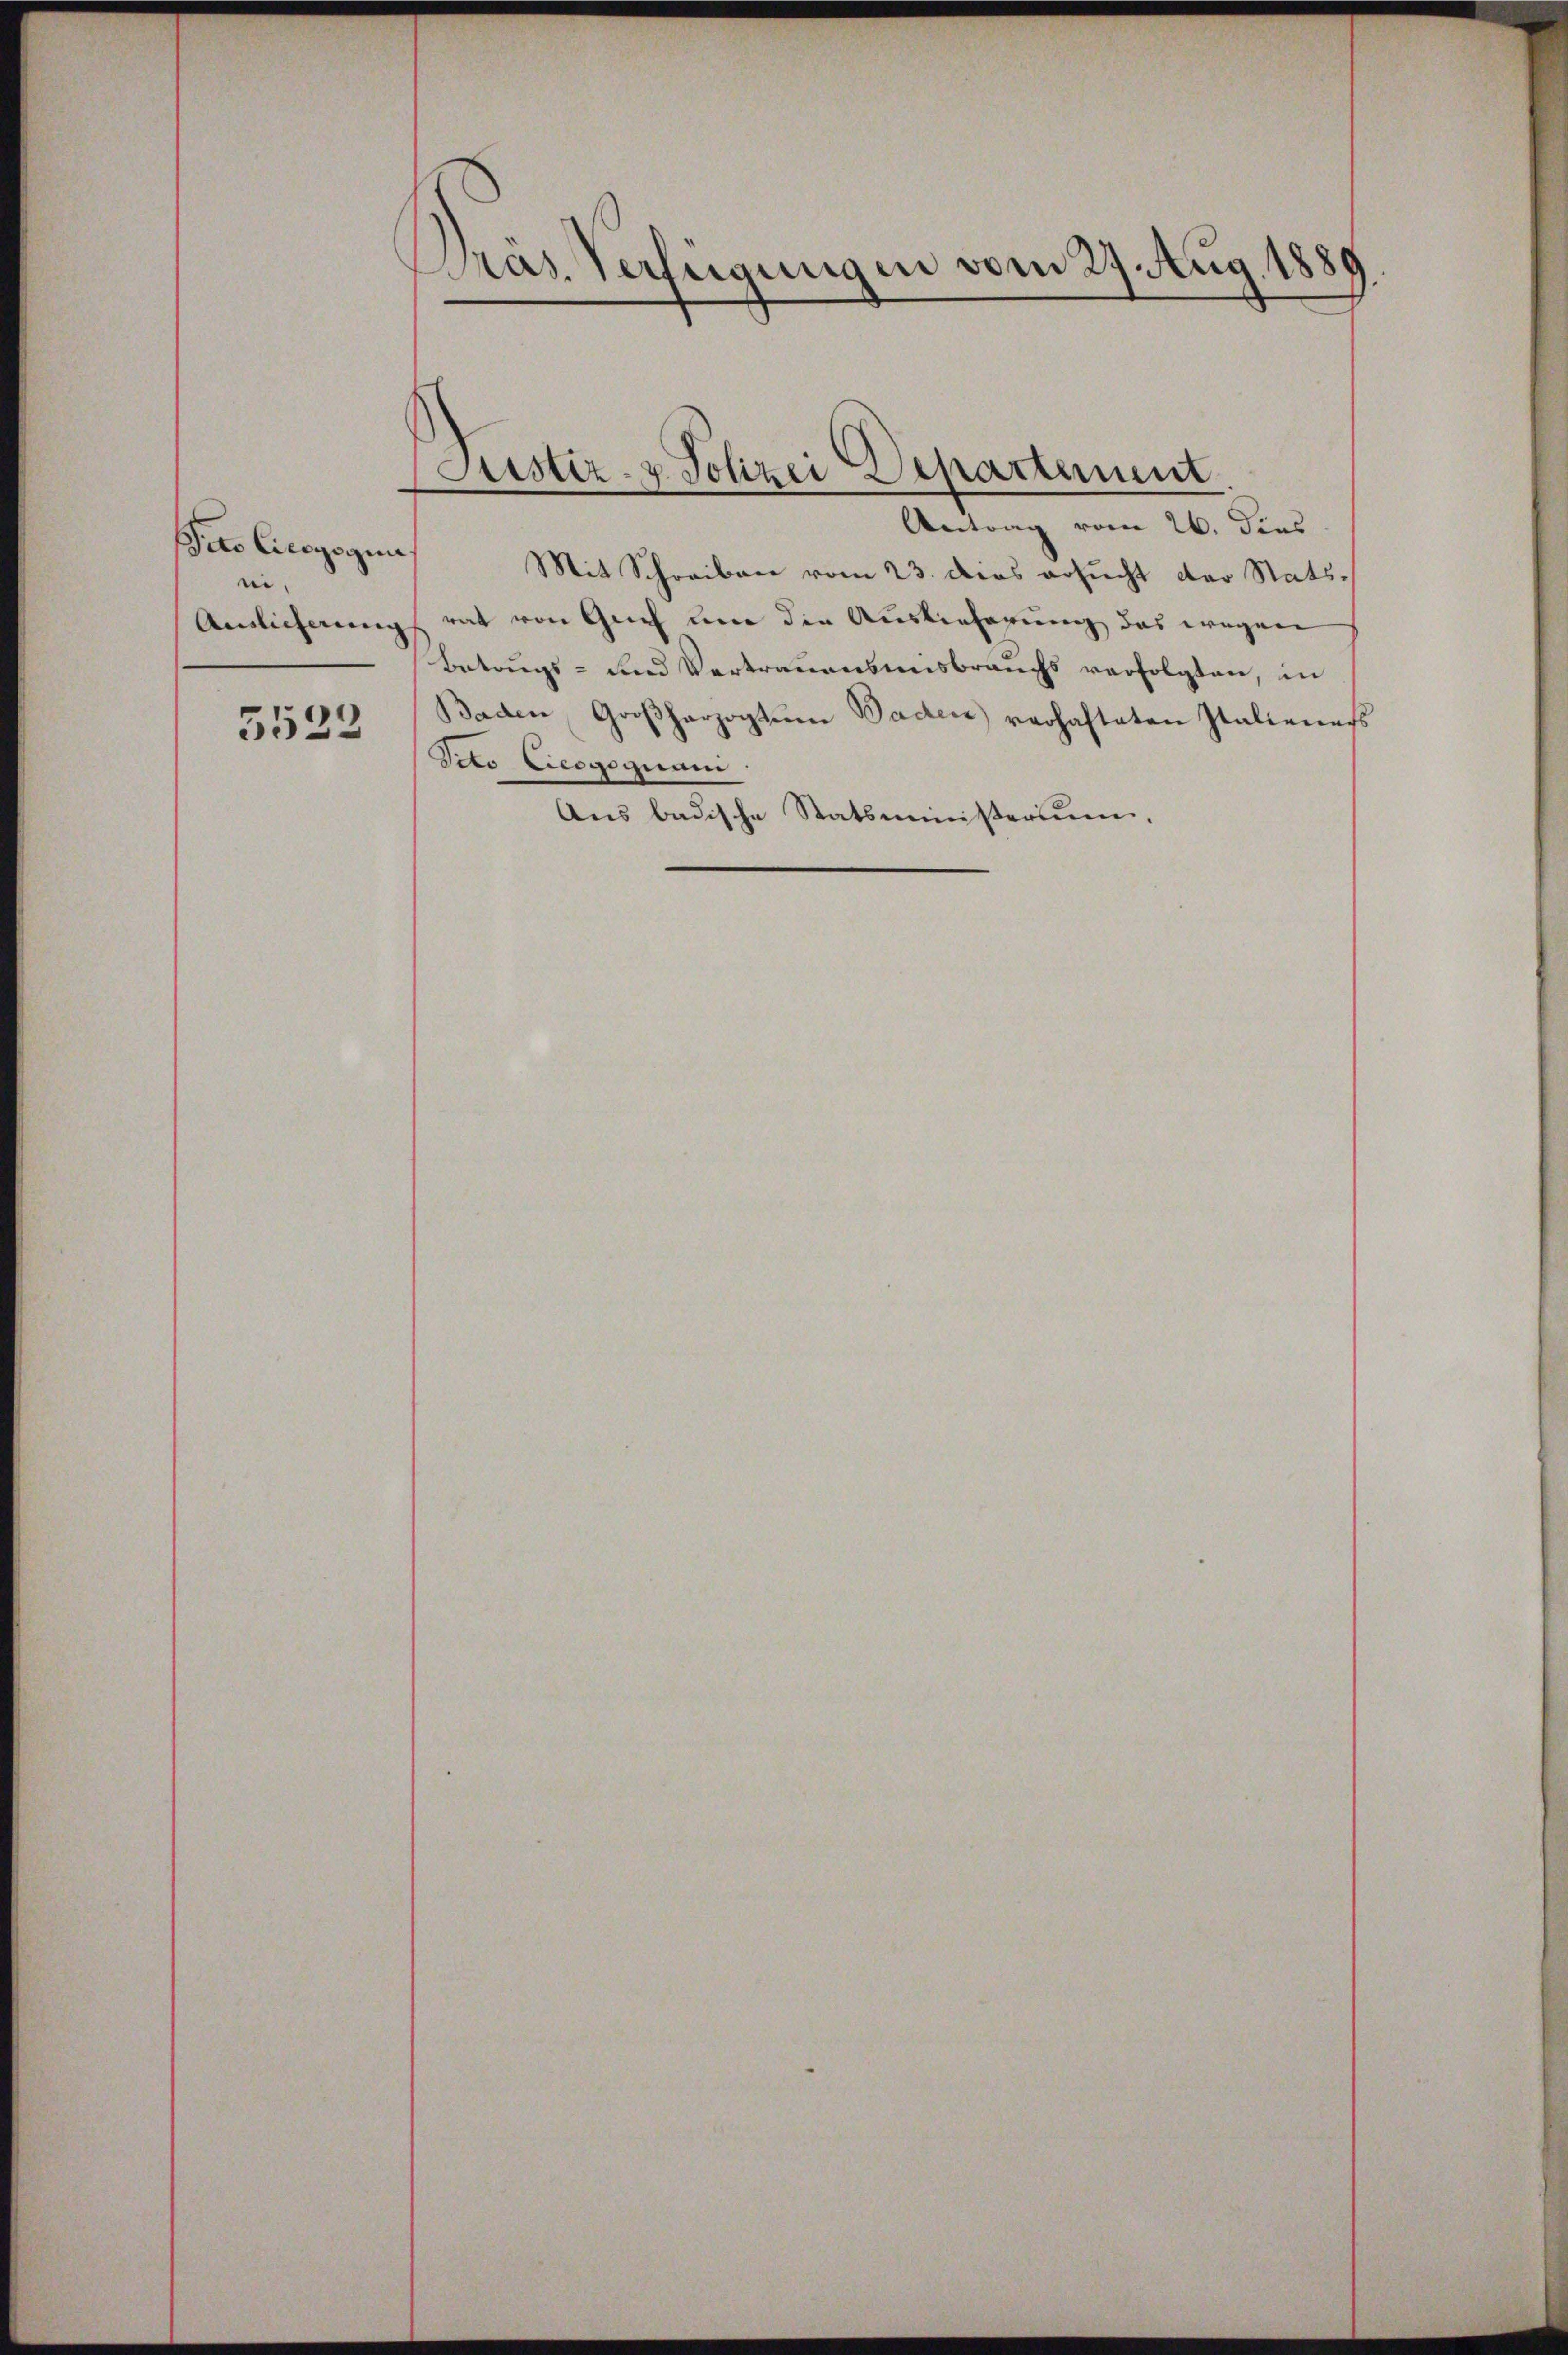
Veto Cicogogni
ei¬
Ainlicherung

5522

)
Pras. Verfügungen vom 29. Aug. 1889

Justiz- & Polizei Departement

Antrag vom 26. dies
Mit Schreiben vom 23. dies ersucht der Statsrat von Geich une die Auslieferung das wegen
Betrugs- und Vertrauensmisbrauchs verfolgten, in
Baden Großherzogtum Baden verhafteten Italieners
Veto Cicogogiram
Aus badische Statsministerium,